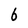
Character: b